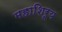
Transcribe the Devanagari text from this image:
महाशिरूय